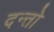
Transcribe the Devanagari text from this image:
दन्तो